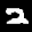
Label: 2